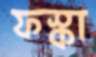
ফস্‌কা